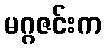
မဂ္ဂဇင်းက